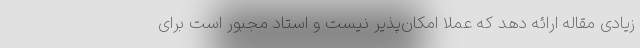
زیادی مقاله ارائه دهد که عملاً امکان‌پذیر نیست و استاد مجبور است برای